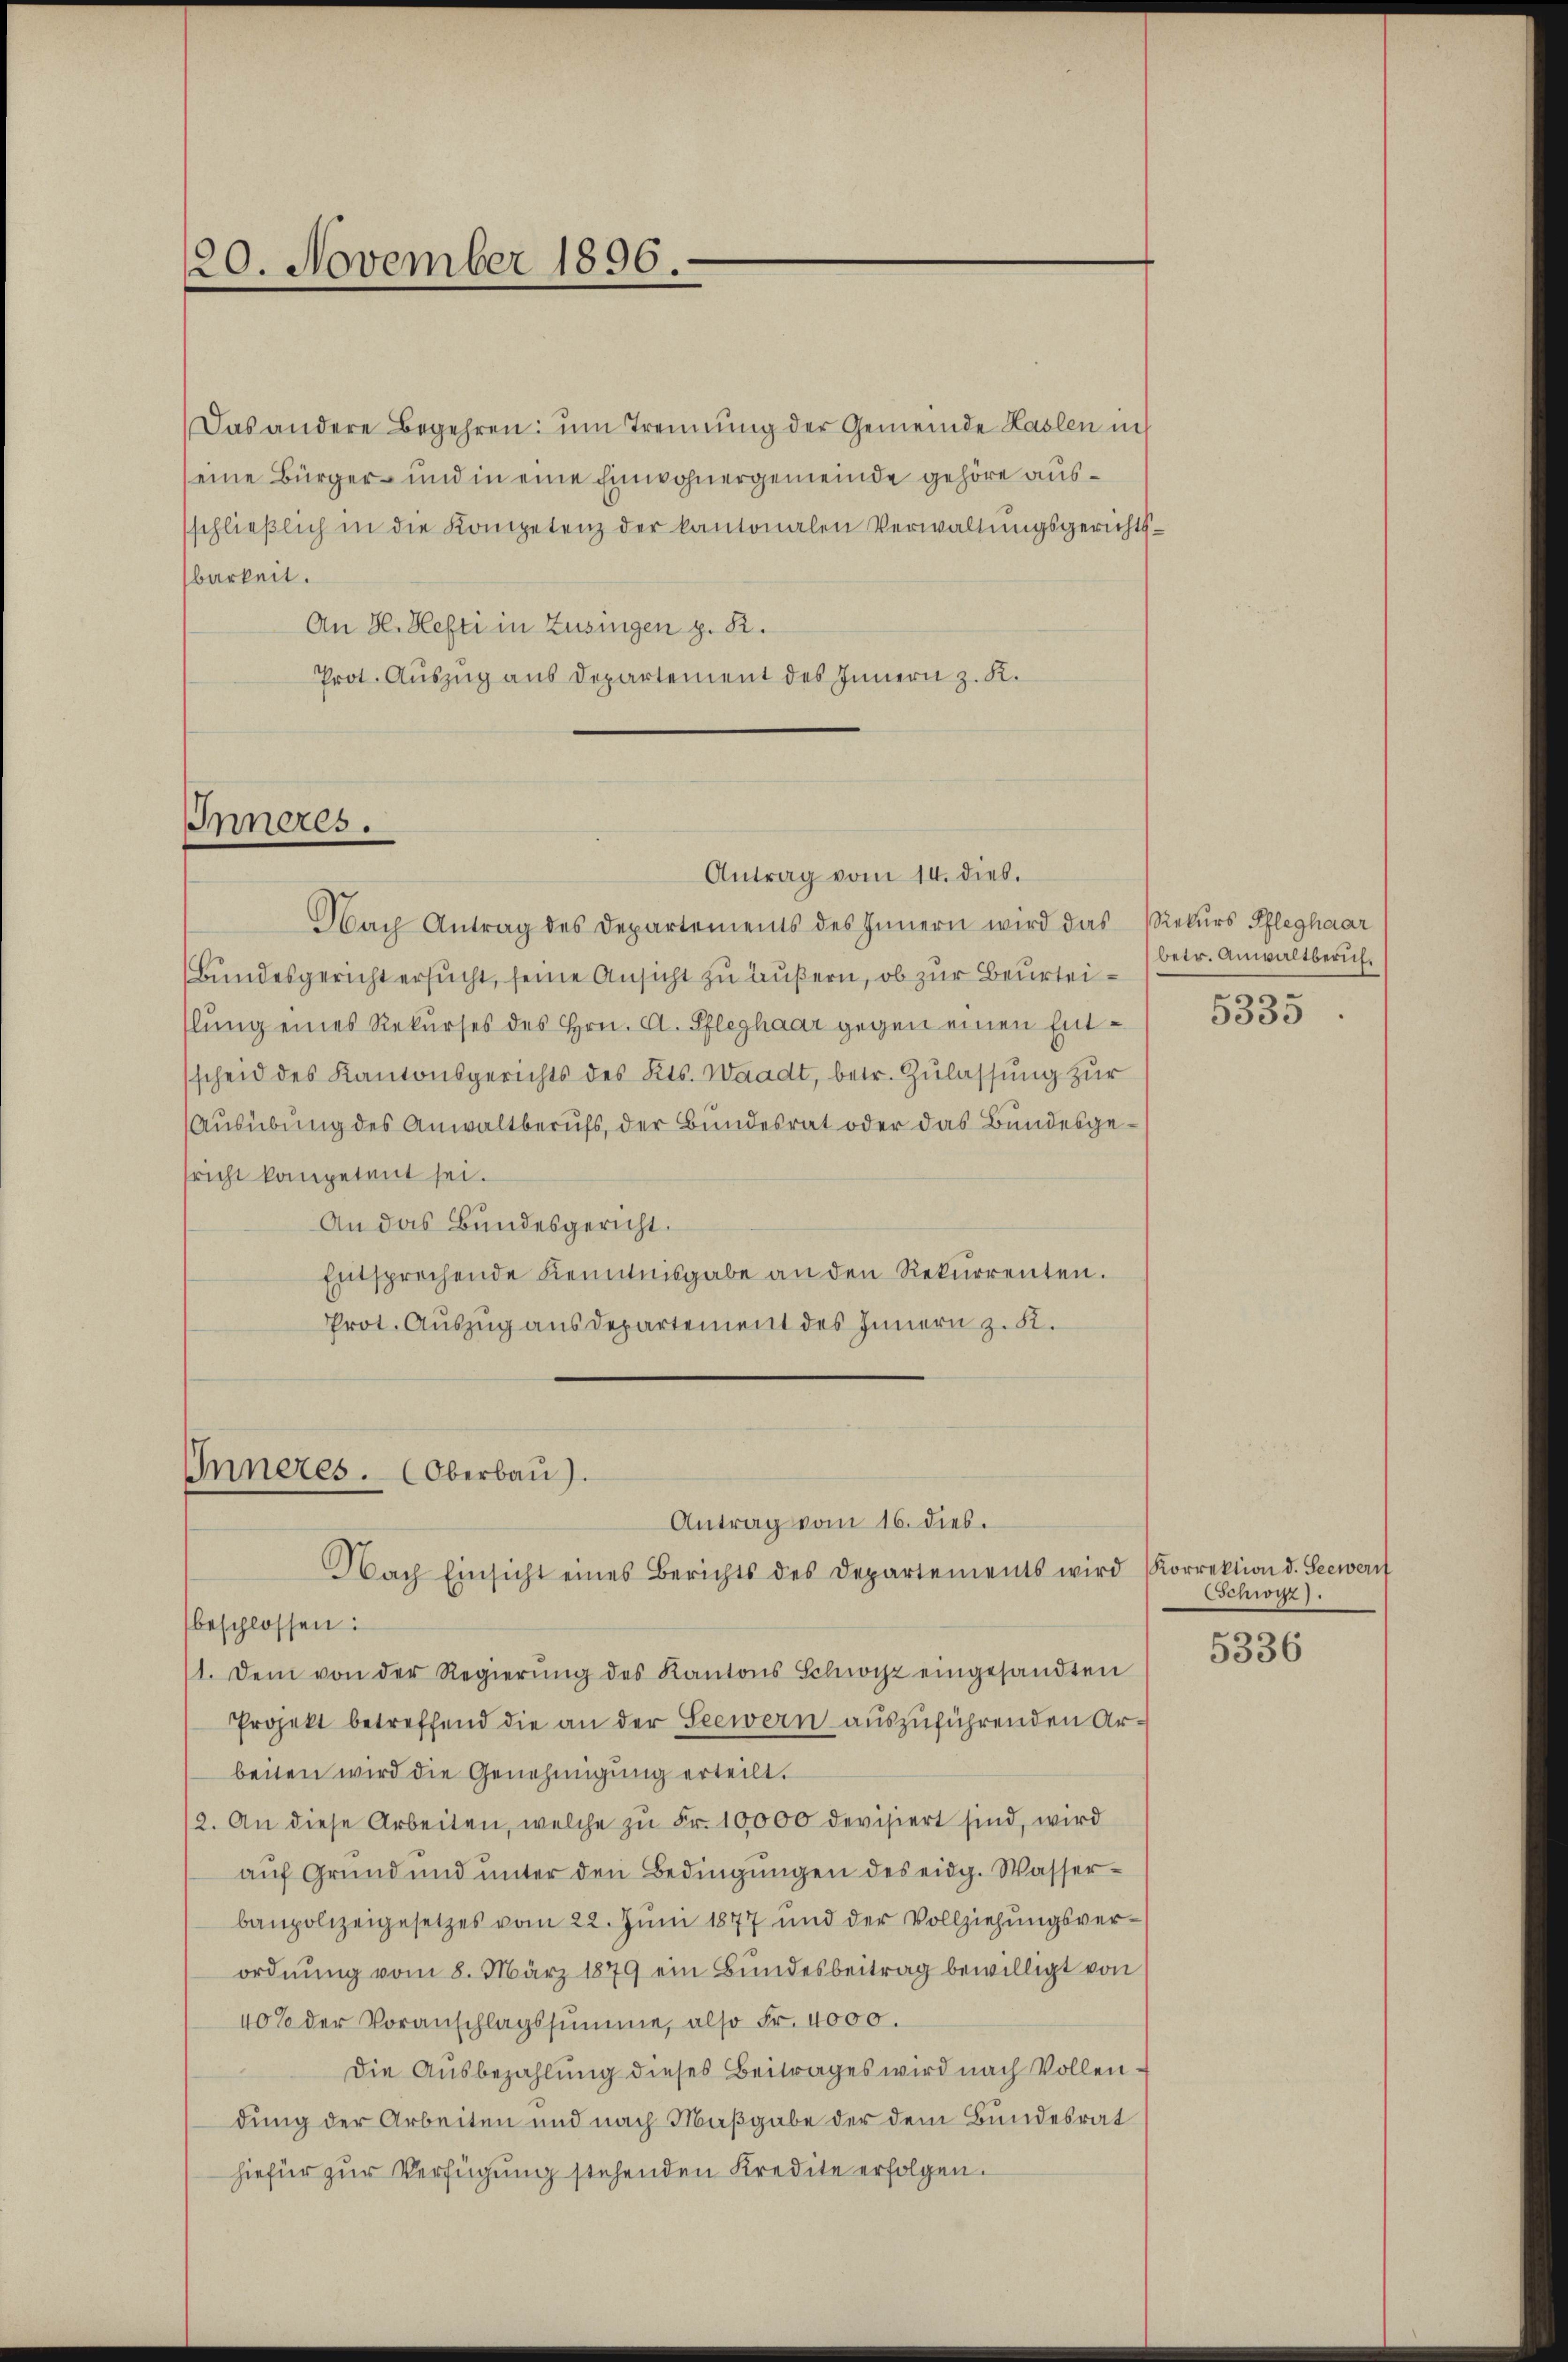
20. November 1896.

Das andere Begehren um Trennung der Gemeinde Haslen in
eine Bürger- und in eine Einwohnergemeinde gehöre aussschlieβlich in die Kompetenz der kantonalen Verwaltŭngsgerichts-
barkeit.
An H. Hefti in Zusingen z. R.
Prot. Auszug aus Departement des Innern z. K.

Inneres.

Antrag vom 14. dies.
Nach Antrag des Departements des Innern wird das Rekurs Pfleghaar
Bundesgericht ersucht, seine Ansicht zu äußern, ob zur Beurteislung eines Rekurses des Hrn. A. Pfleghaar gegen einen Entsscheid des Kantonsgerichts des Kts. Waadt, betr. Zulassung zur
Ausübung des Anwaltberufs, der Bundesrat oder das Bundesgesricht kompetent sei.
An das Bundesgericht.
Entsprechende Kenntnisgabe an den Rekurrenten.
Prot. Auszug aus departement des Innern z. K.

Inneres. (Oberbau).

Antrag vom 16. dies.

Nach Einsicht eines Berichts des Departements wird (Korrektion d. Seewer
beschlossen:
1. Dem von der Regierŭng des Kantons Schwyz eingesandten
Projekt betreffend die an der Seewern auszuführenden Arbeiten wird die Genehmigung erteilt.
2. An diese Arbeiten, welche zŭ Fr. 10,000 devisiert sind, wird
auf Grund und unter den Bedingŭngen des eidg. Wasserbaupolizeigesetzes vom 22. Juni 1877 und der Vollziehŭngsverordnung vom 8. März 1879 ein Bundesbeitrag bewilligt von
40% der Voranschlagssumme, also Fr. 4000.
Die Ausbezahlung dieses Beitrages wird nach Vollendung der Arbeiten und nach Maßgabe der dem Bundesrat
hiefür zur Verfügung stehenden Kredite erfolgen.

betr. Anwaltberichn.
3550

Schwyz).

5336